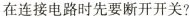
在连接电路时先要断开开关?